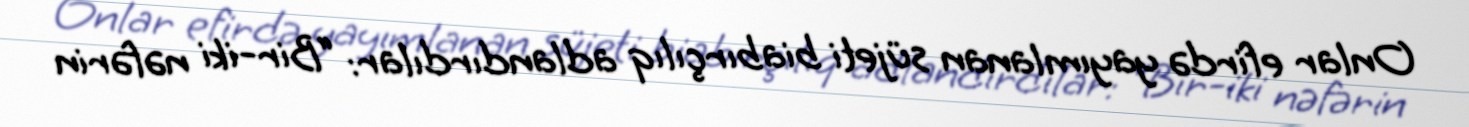
Onlar efirdə yayımlanan süjeti biabırçılıq adlandırdılar: “Bir-iki nəfərin